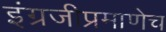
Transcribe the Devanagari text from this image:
इंग्रजीप्रमाणेच